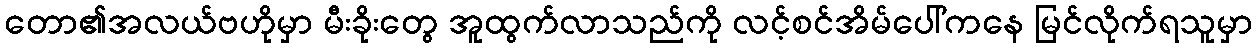
တော၏အလယ်ဗဟိုမှာ မီးခိုးတွေ အူထွက်လာသည်ကို လင့်စင်အိမ်ပေါ်ကနေ မြင်လိုက်ရသူမှာ